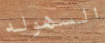
السهوله